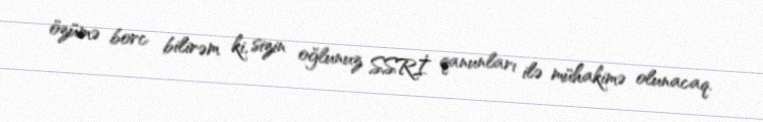
özümə borc bilirəm ki, sizin oğlunuz SSRİ qanunları ilə mühakimə olunacaq.